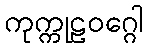
ကုက္ကုဠဝဂ္ဂေါ